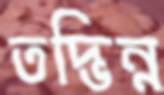
তদ্ভিন্ন